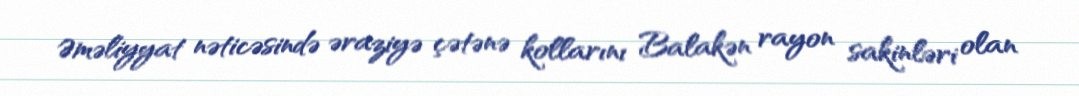
Əməliyyat nəticəsində əraziyə çətənə kollarını Balakən rayon sakinləri olan